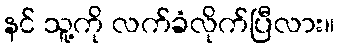
နင် သူ့ကို လက်ခံလိုက်ပြီလား။